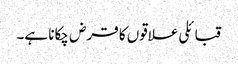
قبائلی علاقوں کا قرض چکانا ہے۔